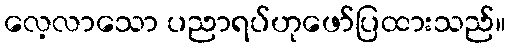
လေ့လာသော ပညာရပ်ဟုဖော်ပြထားသည်။